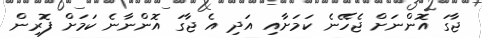
ޖާގަ އޮންނަށް ޖެހޭނެ ކަމަށާއި އަދި އެ ޖާގަ އޮންނާނެ ކަމަށް ފޮރިން